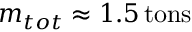
m _ { t o t } \approx 1 . 5 \, { \mathrm { t o n s } }